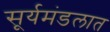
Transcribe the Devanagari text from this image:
सूर्यमंडलात